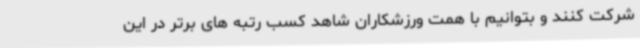
شرکت کنند و بتوانیم با همت ورزشکاران شاهد کسب رتبه های برتر در این